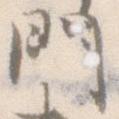
門